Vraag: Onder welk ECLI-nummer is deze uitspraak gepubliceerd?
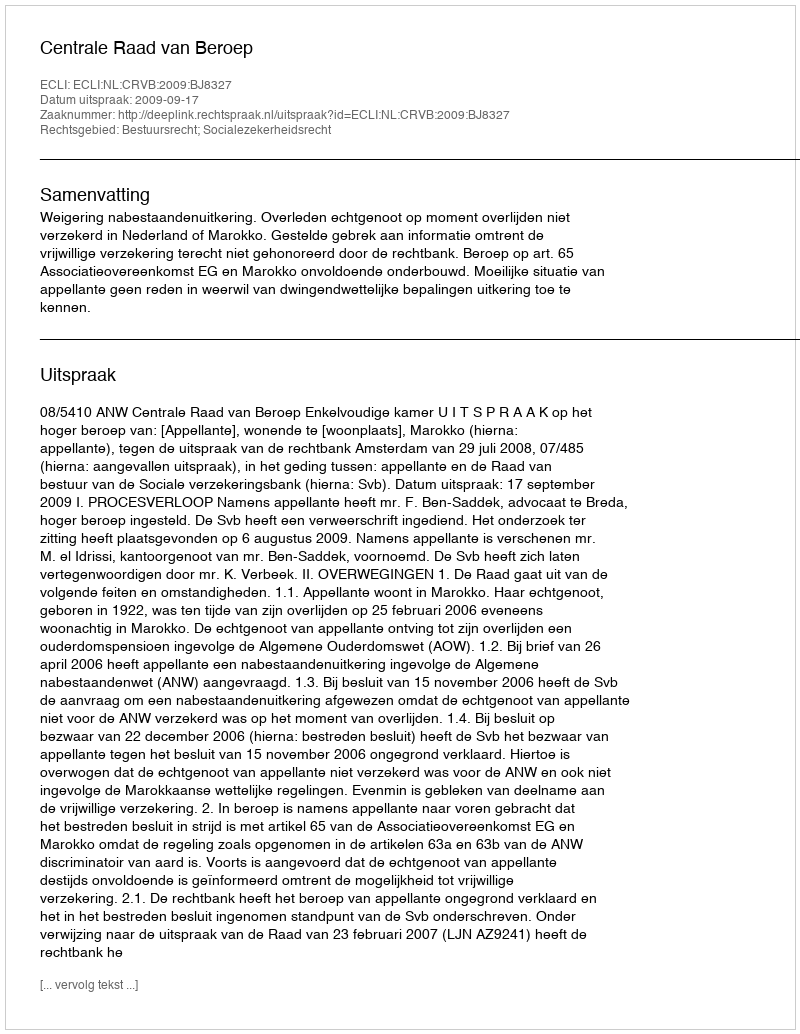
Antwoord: ECLI:NL:CRVB:2009:BJ8327